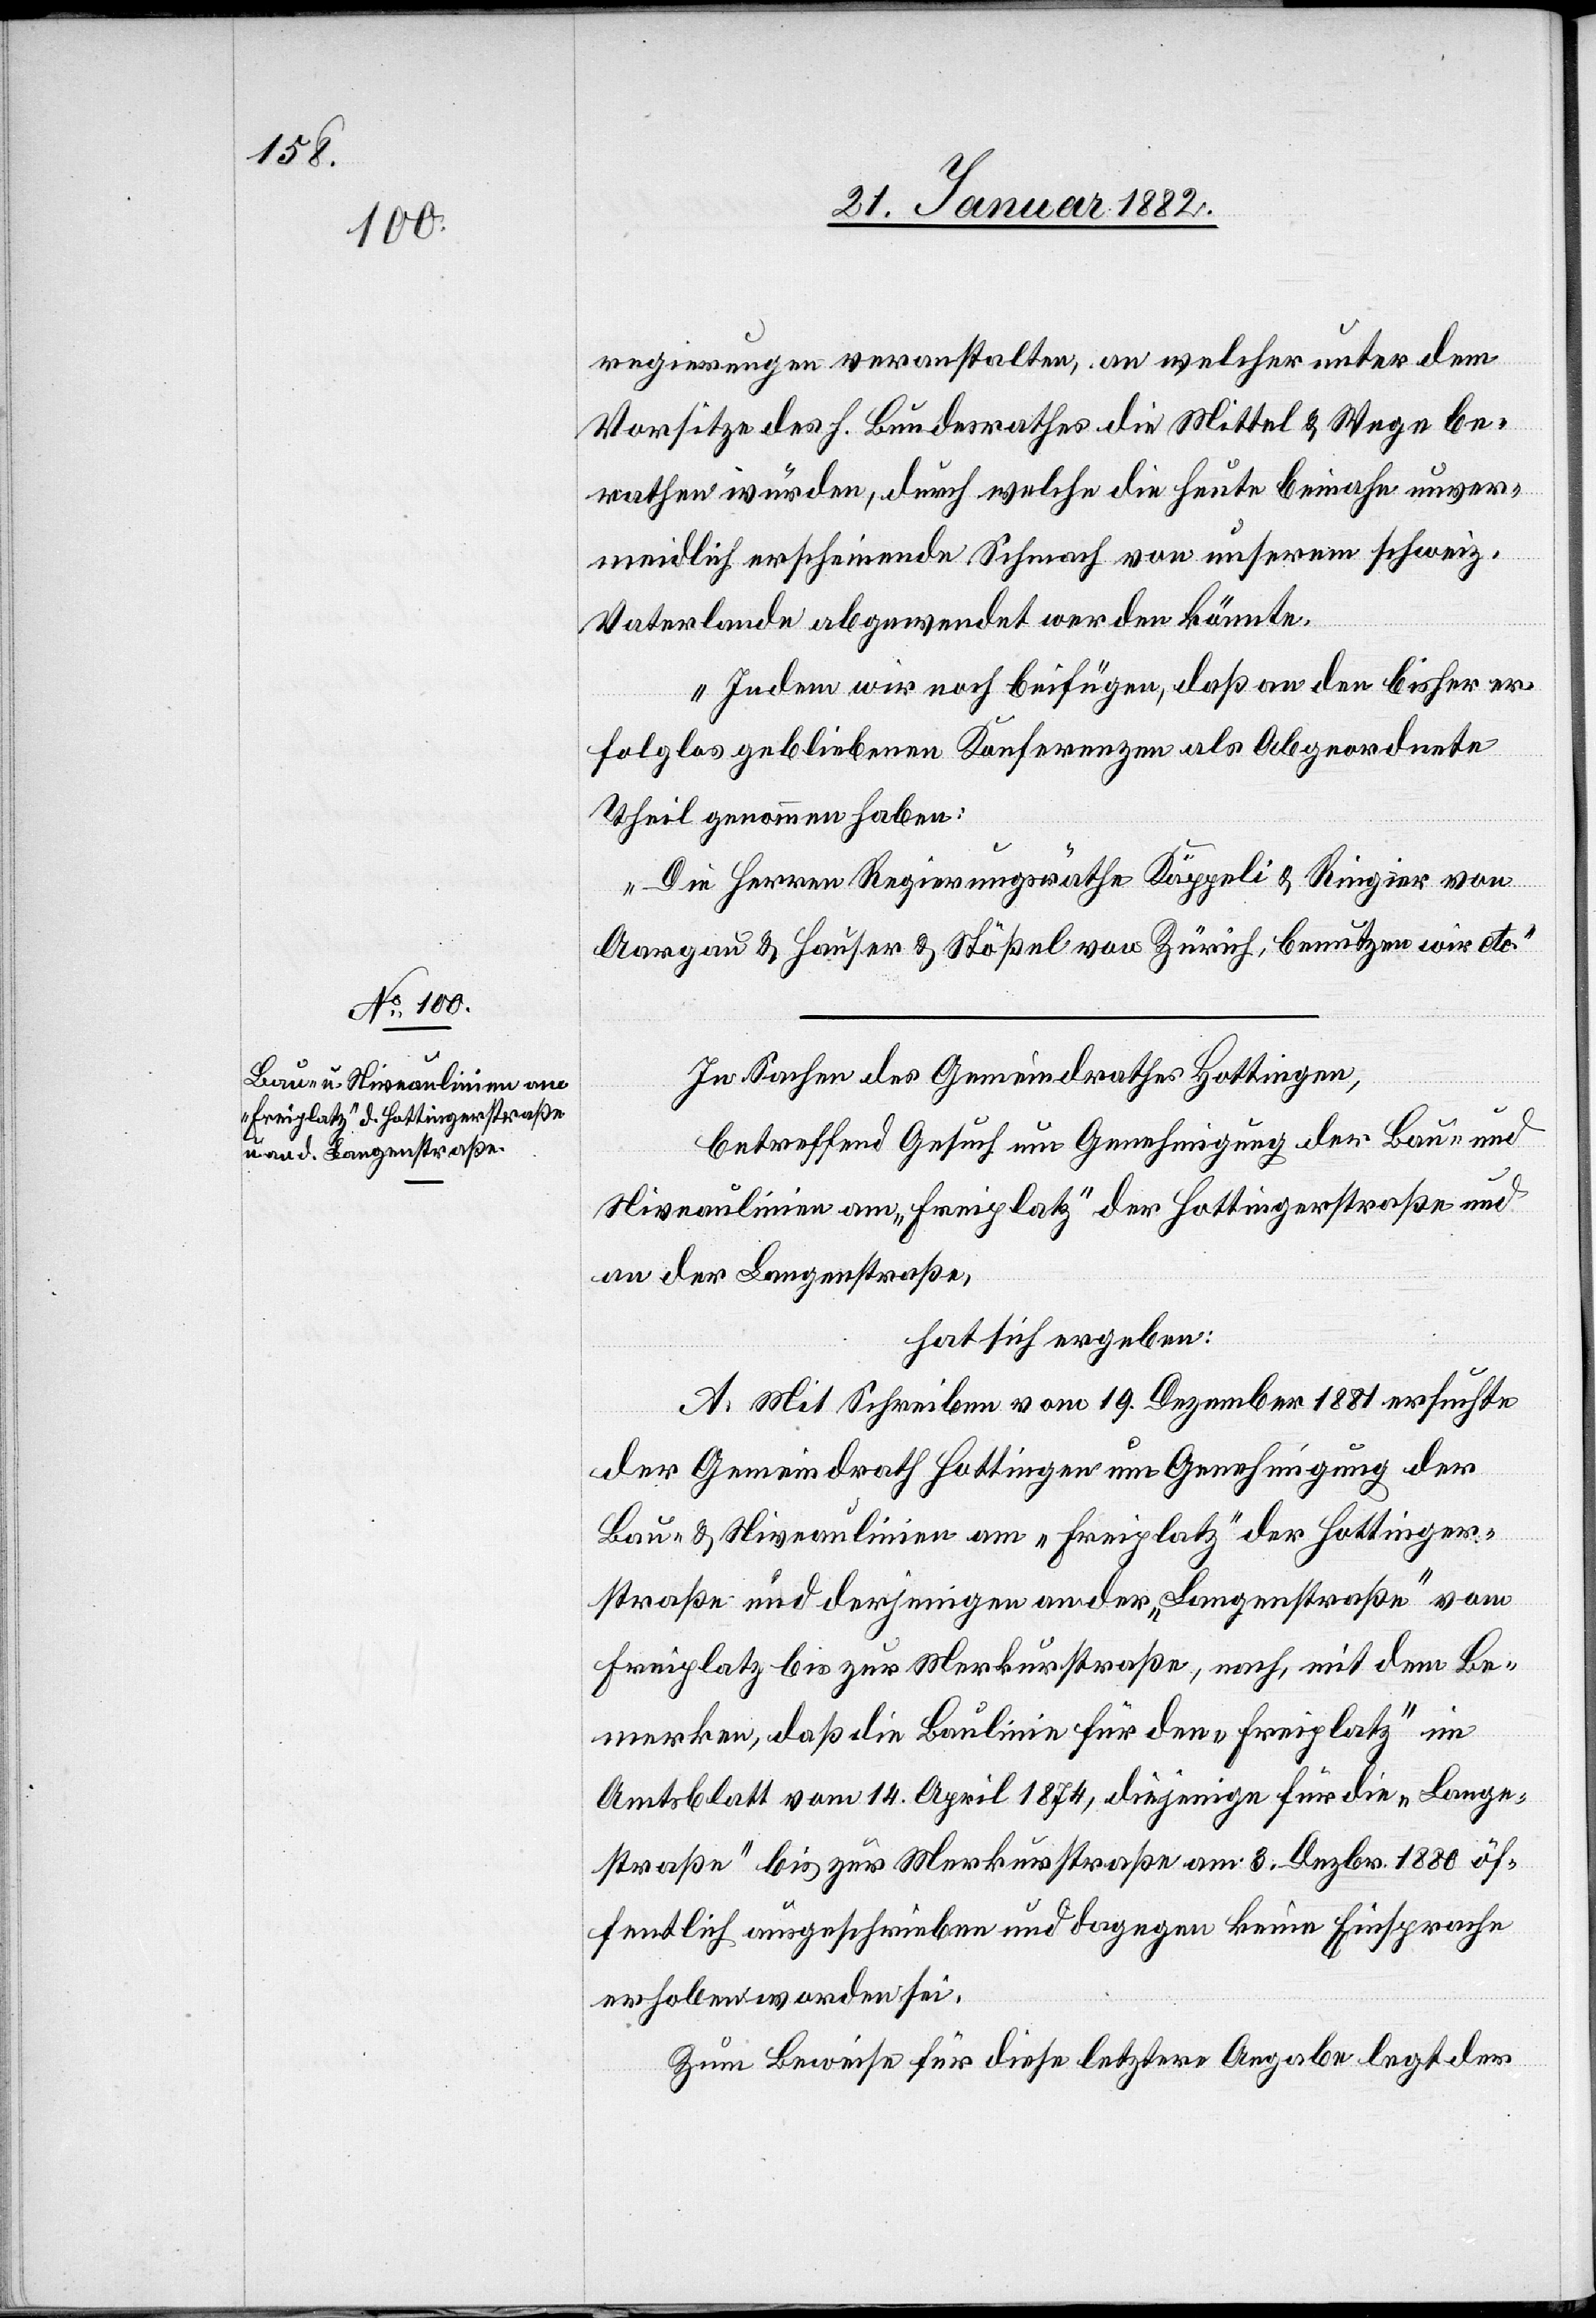
regierungen veranstalten, an welcher unter dem
Vorsitze des h. Bundesrathes die Mittel & Wege be¬
rathen würden, durch welche die heute beinahe unver¬
meidlich erscheinende Schmach von unserem schweiz.
Vaterlande abgewendet werden könnte.
Indem wir noch beifügen, daß an den bisher er¬
folglos gebliebenen Konferenzen als Abgeordnete
Theil genommen haben:
Die Herren Regierungsräthe Käppeli & Riegier von
Aargau & Hauser & Stößel von Zürich, benutzen etc.“
In Sachen des Gemeindrathes Hottingen,
betreffend Gesuch um Genehmigung der Bau- und
Niveaulinien am „Freiplatz“ der Hottingerstraße und
an der Langenstraße,
hat sich ergeben:
A. Mit Schreiben vom 19. Dezember 1881 ersuchte
der Gemeindrath Hottingen um Genehmigung der
Bau- & Niveaulinien am „Freiplatz“ der Hottinger¬
straße und derjenigen an der „Langenstraße“ vom
Freiplatz bis zur Merkurstraße, nach, mit dem Be¬
merken, daß die Baulinie für den „Freiplatz“ im
Amtsblatt vom 14. April 1874, diejenige für die „Langen¬
straße“ bis zur Merkurstraße am 3. Dezbr. 1880 öf¬
fentlich ausgeschrieben und dagegen keine Einsprachen
erhoben worden sei.
Zum Beweise für diese letztere Angabe legt der